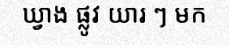
ឃ្វាង ផ្លូវ យារ ៗ មក